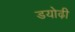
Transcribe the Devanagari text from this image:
डयोढ़ी